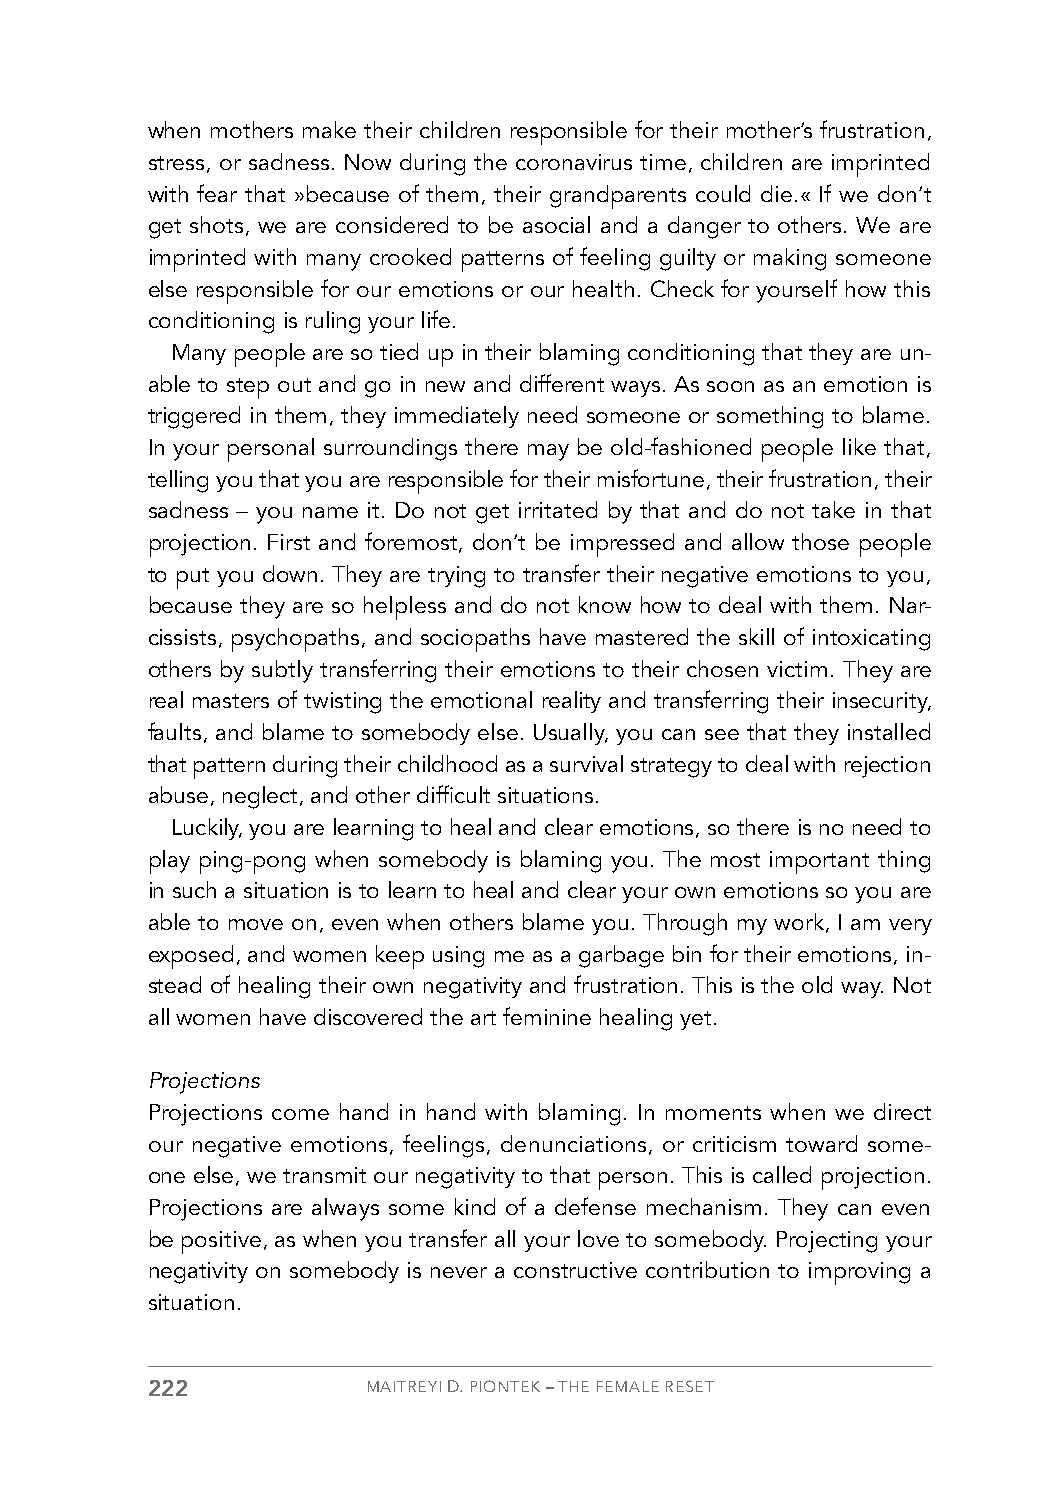
when mothers make their children responsible for their mother’s frustration,
 stress, or sadness. Now during the coronavirus time, children are imprinted
 with fear that »because of them, their grandparents could die.« If we don’t
 get shots, we are considered to be asocial and a danger to others. We are
 imprinted with many crooked patterns of feeling guilty or making someone
 else responsible for our emotions or our health. Check for yourself how this
 conditioning is ruling your life.
 Many people are so tied up in their blaming conditioning that they are un-
 able to step out and go in new and different ways. As soon as an emotion is
 triggered in them, they immediately need someone or something to blame.
 In your personal surroundings there may be old-fashioned people like that,
 telling you that you are responsible for their misfortune, their frustration, their
 sadness – you name it. Do not get irritated by that and do not take in that
 projection. First and foremost, don’t be impressed and allow those people
 to put you down. They are trying to transfer their negative emotions to you,
 because they are so helpless and do not know how to deal with them. Nar-
 cissists, psychopaths, and sociopaths have mastered the skill of intoxicating
 others by subtly transferring their emotions to their chosen victim. They are
 real masters of twisting the emotional reality and transferring their insecurity,
 faults, and blame to somebody else. Usually, you can see that they installed
 that pattern during their childhood as a survival strategy to deal with rejection
 abuse, neglect, and other difficult situations.
 Luckily, you are learning to heal and clear emotions, so there is no need to
 play ping-pong when somebody is blaming you. The most important thing
 in such a situation is to learn to heal and clear your own emotions so you are
 able to move on, even when others blame you. Through my work, I am very
 exposed, and women keep using me as a garbage bin for their emotions, in-
 stead of healing their own negativity and frustration. This is the old way. Not
 all women have discovered the art feminine healing yet.
 Projections
 Projections come hand in hand with blaming. In moments when we direct
 our negative emotions, feelings, denunciations, or criticism toward some-
 one else, we transmit our negativity to that person. This is called projection.
 Projections are always some kind of a defense mechanism. They can even
 be positive, as when you transfer all your love to somebody. Projecting your
 negativity on somebody is never a constructive contribution to improving a
 situation.
 222           MAITREYI D. PIONTEK – THE FEMALE RESET